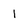
Character: l